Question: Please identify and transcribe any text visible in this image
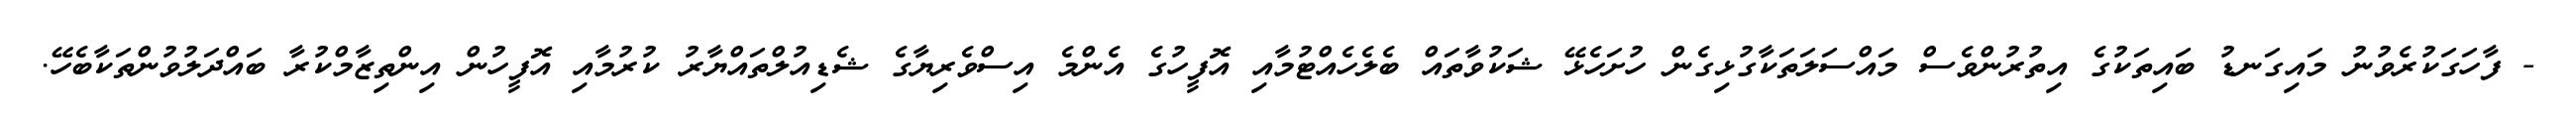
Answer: - ފާހަގަކުރެވުނު މައިގަނޑު ބައިތަކުގެ އިތުރުންވެސް މައްސަލަތަކާގުޅިގެން ހުށަހެޅޭ ޝަކުވާތައް ބެލެހެއްޓުމާއި އޮފީހުގެ އެންމެ އިސްވެރިޔާގެ ޝެޑިއުލްތައްޔާރު ކުރުމާއި އޮފީހުން އިންތިޒާމްކުރާ ބައްދަލުވުންތަކާބެހޭ.